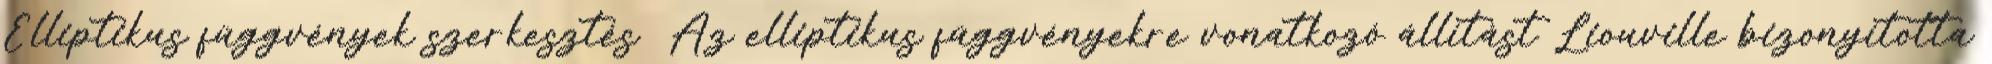
Elliptikus függvények szerkesztés Az elliptikus függvényekre vonatkozó állítást Liouville bizonyította